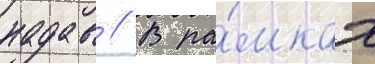
надав // В ра́мках